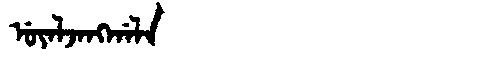
Manchu: ᡠᠶᠠᠯᠵᠠᠩᡤᠠᠯᠠ
Romanization: UYALJANGGALA